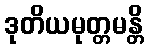
ဒုတိယမုတ္တမန္တိ